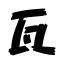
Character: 瓦